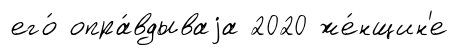
его́ опра́вдываjа 2020 же́нщин'е